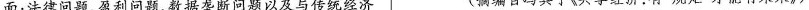
面：法律问题、盈利问题、数据垄断问题以及与传统经济(摘编自冯其予《共享经济：有”规矩”才能有未来》)